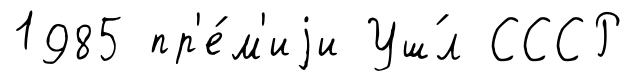
1985 пр'е́м'иjи Уш́л СССР